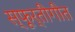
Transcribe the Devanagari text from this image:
स्फूर्तीगीत